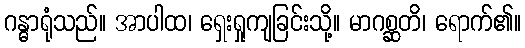
ဂန္ဓာရုံသည်။ အာပါထ၊ ရှေးရှုကျခြင်းသို့။ မာဂစ္ဆတိ၊ ရောက်၏။